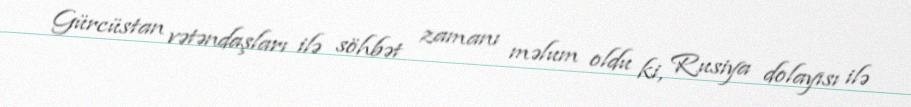
Gürcüstan vətəndaşları ilə söhbət zamanı məlum oldu ki, Rusiya dolayısı ilə